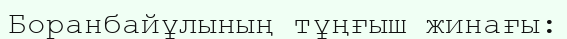
Боранбайұлының тұңғыш жинағы: